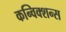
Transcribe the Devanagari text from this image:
कन्विक्शन्स